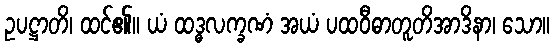
ဥပဋ္ဌာတိ၊ ထင်၏။ ယံ ထဒ္ဓလက္ခဏံ အယံ ပထဝီဓာတူတိအာဒိနာ၊ သော။